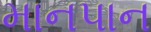
માનપાન